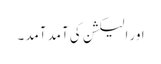
اور الیکشن کی آمد آمد ۔